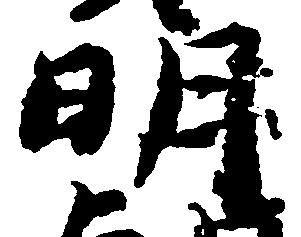
明